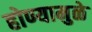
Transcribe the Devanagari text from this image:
होण्यामुळे